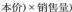
本 价 ) × 销 售 量 )$$